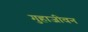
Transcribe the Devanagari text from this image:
गुहाजीवन